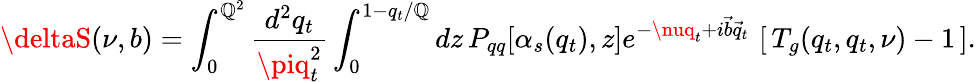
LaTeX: \deltaS(\nu,b)=\int_{0}^{\mathbb{Q}^{2}}\frac{{d^{2}q_{t}}}{{\piq_{t}^{2}}}\int_{0}^{1-q_{t}/\mathbb{Q}}dz\, P_{qq}[\alpha_{s}(q_{t}),z]e^{-\nuq_{t}+i\vec{{b}}\vec{{q}}_{t}}\, \left[\, T_{g}(q_{t},q_{t},\nu)-1\, \right].